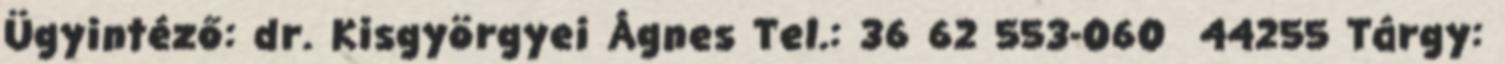
Ügyintéző: dr. Kisgyörgyei Ágnes Tel.: 36 62 553-060 44255 Tárgy: